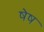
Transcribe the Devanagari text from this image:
षेष